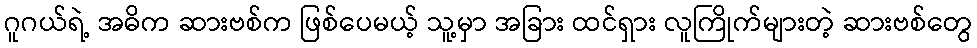
ဂူဂယ်ရဲ့ အဓိက ဆားဗစ်က ဖြစ်ပေမယ့် သူ့မှာ အခြား ထင်ရှား လူကြိုက်များတဲ့ ဆားဗစ်တွေ